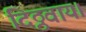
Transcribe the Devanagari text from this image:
दिठ्ठवाय।